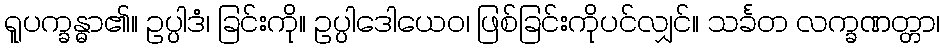
ရူပက္ခန္ဓာ၏။ ဥပ္ပါဒံ၊ ခြင်းကို။ ဥပ္ပါဒေါယေဝ၊ ဖြစ်ခြင်းကိုပင်လျှင်။ သင်္ခတ လက္ခဏတ္တာ၊